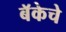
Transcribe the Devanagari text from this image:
बॅकेचे